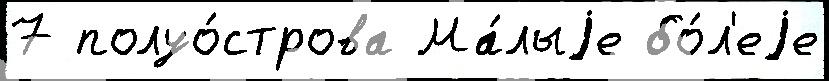
7 полуо́строва Ма́лыjе бо́л'еjе